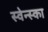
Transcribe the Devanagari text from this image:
स्वेन्स्का